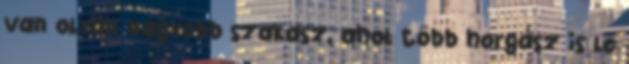
van olyan nagyobb szakasz, ahol több horgász is le